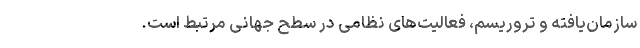
سازمان‌یافته و تروریسم، فعالیت‌های نظامی در سطح جهانی مرتبط است.